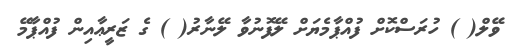
ވޭލް( ) ހުރަސްކޮށް ފުއްޕާމެޔަށް ލޭފޮނުވާ ލޭނާރު( ) ގެ ޒަރީޢާއިން ފުއްޕާމޭ